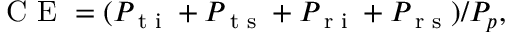
\textrm { C E } = ( P _ { \textrm { t i } } + P _ { \textrm { t s } } + P _ { \textrm { r i } } + P _ { \textrm { r s } } ) / P _ { p } ,